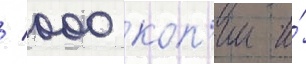
/ 000 коп'ии и́